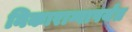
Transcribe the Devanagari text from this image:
निकाराग्वापर्यंत